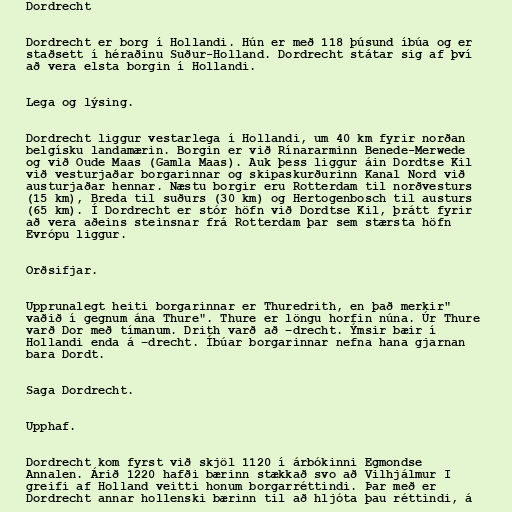
Dordrecht

Dordrecht er borg í Hollandi. Hún er með 118 þúsund íbúa og er
staðsett í héraðinu Suður-Holland. Dordrecht státar sig af því
að vera elsta borgin í Hollandi.

Lega og lýsing.

Dordrecht liggur vestarlega í Hollandi, um 40 km fyrir norðan
belgísku landamærin. Borgin er við Rínararminn Benede-Merwede
og við Oude Maas (Gamla Maas). Auk þess liggur áin Dordtse Kil
við vesturjaðar borgarinnar og skipaskurðurinn Kanal Nord við
austurjaðar hennar. Næstu borgir eru Rotterdam til norðvesturs
(15 km), Breda til suðurs (30 km) og Hertogenbosch til austurs
(65 km). Í Dordrecht er stór höfn við Dordtse Kil, þrátt fyrir
að vera aðeins steinsnar frá Rotterdam þar sem stærsta höfn
Evrópu liggur.

Orðsifjar.

Upprunalegt heiti borgarinnar er Thuredrith, en það merkir"
vaðið í gegnum ána Thure". Thure er löngu horfin núna. Úr Thure
varð Dor með tímanum. Drith varð að –drecht. Ýmsir bæir í
Hollandi enda á –drecht. Íbúar borgarinnar nefna hana gjarnan
bara Dordt.

Saga Dordrecht.

Upphaf.

Dordrecht kom fyrst við skjöl 1120 í árbókinni Egmondse
Annalen. Árið 1220 hafði bærinn stækkað svo að Vilhjálmur I
greifi af Holland veitti honum borgarréttindi. Þar með er
Dordrecht annar hollenski bærinn til að hljóta þau réttindi, á